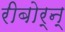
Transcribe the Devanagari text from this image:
रीबोर्न्